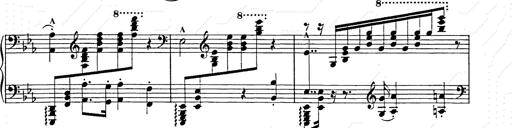
Title: Hungarian Rhapsody No.9
Composer: Franz Liszt
Key: E-flat major